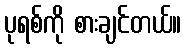
ပုရစ်ကို စားချင်တယ်။